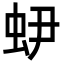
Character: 𧉅